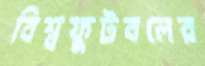
বিশ্বফুটবলের